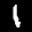
Label: 1